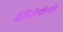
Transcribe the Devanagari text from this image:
बेसिडियोस्पोर